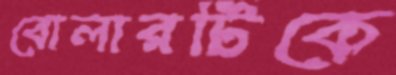
বোলারটিকে